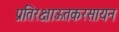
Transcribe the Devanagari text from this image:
प्रतिरक्षाऊतकरसायन